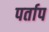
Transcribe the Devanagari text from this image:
पर्ताप